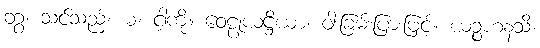
တွံ၊ သင်သည်။ မံ၊ ငါ့ကို။ ဝေဠုယဋ္ဌိယာ၊ ဝါးခြမ်းပြားဖြင့်။ ယဉ္စဟနသိ၊